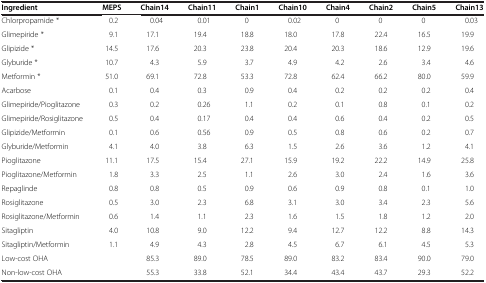
<table><thead><tr><td><b>Ingredient</b></td><td><b>MEPS</b></td><td><b>Chain14</b></td><td><b>Chain11</b></td><td><b>Chain1</b></td><td><b>Chain10</b></td><td><b>Chain4</b></td><td><b>Chain2</b></td><td><b>Chain5</b></td><td><b>Chain13</b></td></tr></thead><tbody><tr><td>Chlorpropamide *</td><td>0.2</td><td>0.04</td><td>0.01</td><td>0</td><td>0.02</td><td>0</td><td>0</td><td>0</td><td>0.03</td></tr><tr><td>Glimepiride *</td><td>9.1</td><td>17.1</td><td>19.4</td><td>18.8</td><td>18.0</td><td>17.8</td><td>22.4</td><td>16.5</td><td>19.9</td></tr><tr><td>Glipizide *</td><td>14.5</td><td>17.6</td><td>20.3</td><td>23.8</td><td>20.4</td><td>20.3</td><td>18.6</td><td>12.9</td><td>19.6</td></tr><tr><td>Glyburide *</td><td>10.7</td><td>4.3</td><td>5.9</td><td>3.7</td><td>4.9</td><td>4.2</td><td>2.6</td><td>3.4</td><td>4.6</td></tr><tr><td>Metformin *</td><td>51.0</td><td>69.1</td><td>72.8</td><td>53.3</td><td>72.8</td><td>62.4</td><td>66.2</td><td>80.0</td><td>59.9</td></tr><tr><td>Acarbose</td><td>0.1</td><td>0.4</td><td>0.3</td><td>0.9</td><td>0.4</td><td>0.2</td><td>0.2</td><td>0.2</td><td>0.4</td></tr><tr><td>Glimepiride/Pioglitazone</td><td>0.3</td><td>0.2</td><td>0.26</td><td>1.1</td><td>0.2</td><td>0.1</td><td>0.8</td><td>0.1</td><td>0.2</td></tr><tr><td>Glimepiride/Rosiglitazone</td><td>0.5</td><td>0.4</td><td>0.17</td><td>0.4</td><td>0.4</td><td>0.6</td><td>0.4</td><td>0.2</td><td>0.5</td></tr><tr><td>Glipizide/Metformin</td><td>0.1</td><td>0.6</td><td>0.56</td><td>0.9</td><td>0.5</td><td>0.8</td><td>0.6</td><td>0.2</td><td>0.7</td></tr><tr><td>Glyburide/Metformin</td><td>4.1</td><td>4.0</td><td>3.8</td><td>6.3</td><td>1.5</td><td>2.6</td><td>3.6</td><td>1.2</td><td>4.1</td></tr><tr><td>Pioglitazone</td><td>11.1</td><td>17.5</td><td>15.4</td><td>27.1</td><td>15.9</td><td>19.2</td><td>22.2</td><td>14.9</td><td>25.8</td></tr><tr><td>Pioglitazone/Metformin</td><td>1.8</td><td>3.3</td><td>2.5</td><td>1.1</td><td>2.6</td><td>3.0</td><td>2.4</td><td>1.6</td><td>3.6</td></tr><tr><td>Repaglinde</td><td>0.8</td><td>0.8</td><td>0.5</td><td>0.9</td><td>0.6</td><td>0.9</td><td>0.8</td><td>0.1</td><td>1.0</td></tr><tr><td>Rosiglitazone</td><td>0.5</td><td>3.0</td><td>2.3</td><td>6.8</td><td>3.1</td><td>3.0</td><td>3.4</td><td>2.3</td><td>5.6</td></tr><tr><td>Rosiglitazone/Metformin</td><td>0.6</td><td>1.4</td><td>1.1</td><td>2.3</td><td>1.6</td><td>1.5</td><td>1.8</td><td>1.2</td><td>2.0</td></tr><tr><td>Sitagliptin</td><td>4.0</td><td>10.8</td><td>9.0</td><td>12.2</td><td>9.4</td><td>12.7</td><td>12.2</td><td>8.8</td><td>14.3</td></tr><tr><td>Sitagliptin/Metformin</td><td>1.1</td><td>4.9</td><td>4.3</td><td>2.8</td><td>4.5</td><td>6.7</td><td>6.1</td><td>4.5</td><td>5.3</td></tr><tr><td>Low-cost OHA</td><td> </td><td>85.3</td><td>89.0</td><td>78.5</td><td>89.0</td><td>83.2</td><td>83.4</td><td>90.0</td><td>79.0</td></tr><tr><td>Non-low-cost OHA</td><td> </td><td>55.3</td><td>33.8</td><td>52.1</td><td>34.4</td><td>43.4</td><td>43.7</td><td>29.3</td><td>52.2</td></tr></tbody></table>